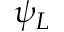
\psi _ { L }